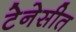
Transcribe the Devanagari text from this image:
टेनेसीत